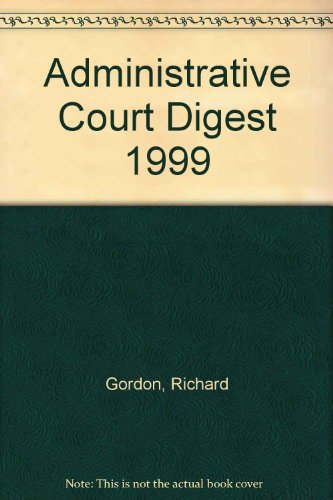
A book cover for Administrative Court Digest 1999; Richard Gordon; Law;